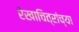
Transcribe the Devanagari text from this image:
रेखाचित्रांच्या